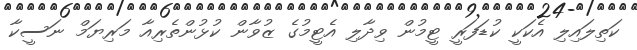
ކަތިލައިލި އެކަކީ ކުޑަފަރީ ޓީމުން ވިދާލި އެޓީމުގެ ޒުވާން ކުޅުންތެރިއާ މަރިޔަމް ނަސީކާ